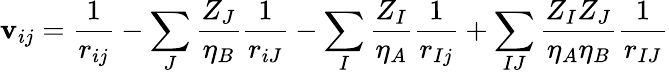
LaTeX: \mathbf{v}_{ij}=\frac{{1}}{{r_{ij}}}-\sum_{J}\frac{{Z_{J}}}{{\eta_{B}}}\frac{{1}}{{r_{iJ}}}-\sum_{I}\frac{{Z_{I}}}{{\eta_{A}}}\frac{{1}}{{r_{Ij}}}+\sum_{IJ}\frac{{Z_{I}Z_{J}}}{{\eta_{A}\eta_{B}}}\frac{{1}}{{r_{IJ}}}